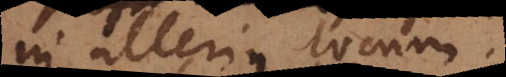
in alterius locum